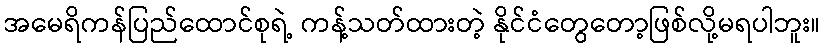
အမေရိကန်ပြည်ထောင်စုရဲ့ ကန့်သတ်ထားတဲ့ နိုင်ငံတွေတော့ဖြစ်လို့မရပါဘူး။